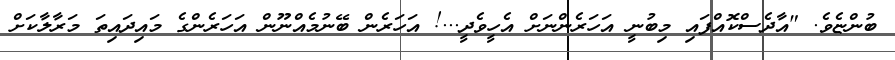
ބުންޏެވެ. "އާދެސްކޮއްފައި މިބުނީ އަހަރެންނަށް އެހީވެދީ...! އަހަރެން ބޭނުމެއްނޫން އަހަރެންގެ މައިދައިތަ މަރާލާކަށް